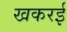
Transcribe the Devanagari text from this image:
खकरई